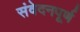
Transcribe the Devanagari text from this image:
संवेदनपूर्ण